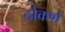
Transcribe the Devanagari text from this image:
ठोकणे